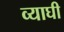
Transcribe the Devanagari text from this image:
व्याघी